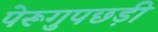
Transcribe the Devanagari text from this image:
पेरूगुपछड़ी